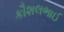
કૌશલભાઈ